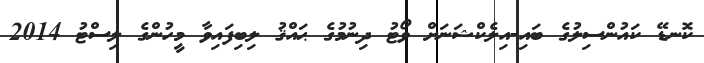
ކޮނޑޭ ކައުންސިލުގެ ބައި-އިލެކްޝަނަށް ވޯޓު ދިނުމުގެ ޙައްޤު ލިބިފައިވާ މީހުންގެ ލިސްޓު 2014